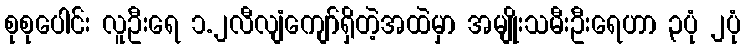
စုစုပေါင်း လူဦးရေ ၁.၂လီလျံကျော်ရှိတဲ့အထဲမှာ အမျိုးသမီးဦးရေဟာ ၃ပုံ ၂ပုံ